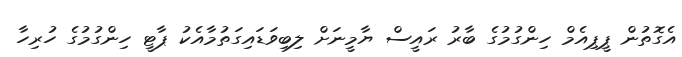
އެގޮތުން ޕީޕިއެމް ހިންގުމުގެ ބާރު ރައީސް ޔާމީނަށް ލިބިވަޑައިގަތުމާއެކު ޕާޓީ ހިންގުމުގެ ހުރިހާ